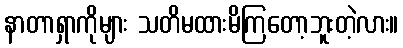
နာတာရှာကိုများ သတိမထားမိကြတော့ဘူးတဲ့လား။